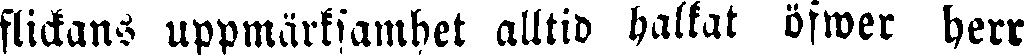
flickans uppmärksamhet alltid halkat öfwer herr